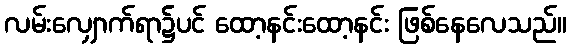
လမ်းလျှောက်ရာ၌ပင် ထော့နင်းထော့နင်း ဖြစ်နေလေသည်။